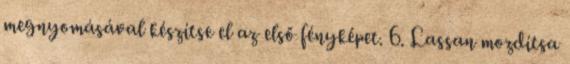
megnyomásával készítse el az első fényképet. 6. Lassan mozdítsa